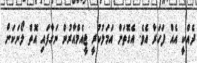
ދެއްކީ އެއް ފަހަރާ އެވެ. އެގޮތަށް އަމަލުކުރީ ޖީއެމްއާރުން ނަގާފައި އޮތް ލޯނަކަށް